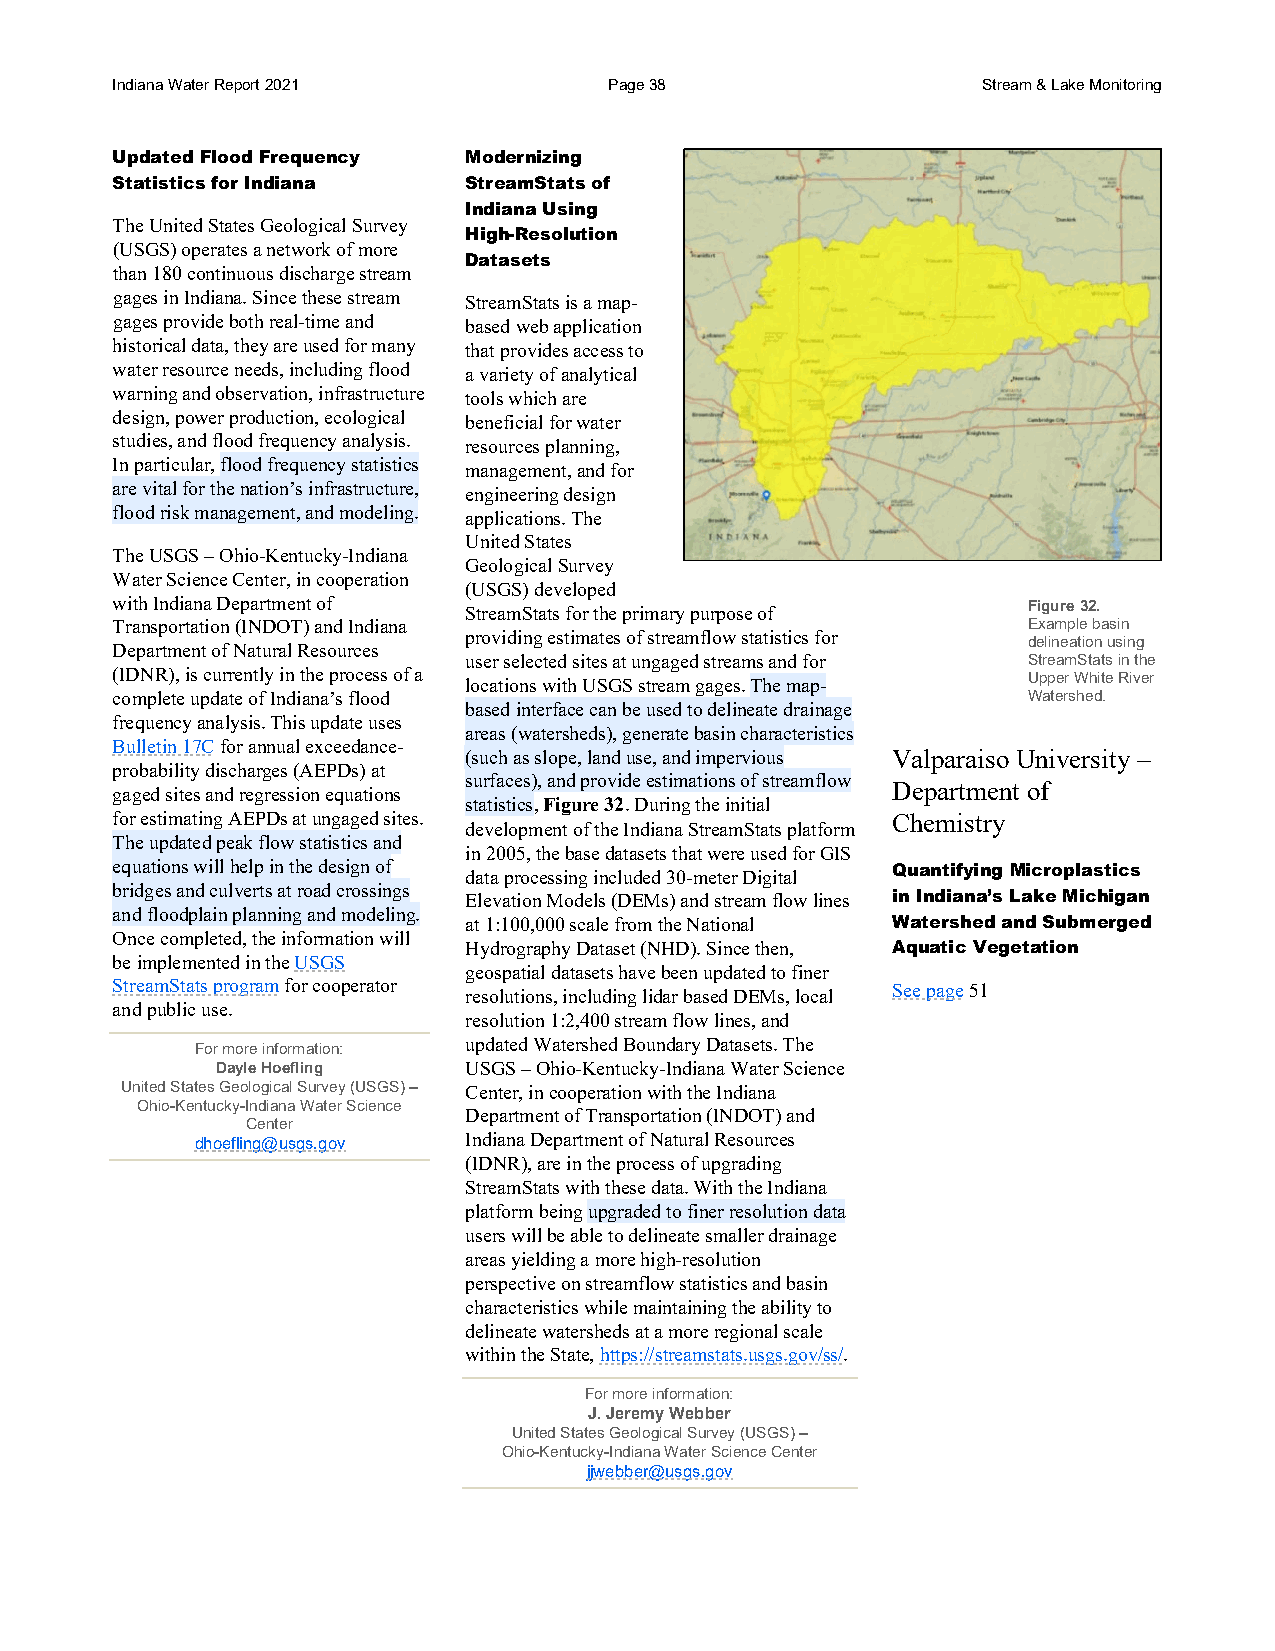
Indiana Water Report 2021        Page 38                  Stream & Lake Monitoring
 Updated Flood Frequency Modernizing
 Statistics for Indiana  StreamStats of
 Indiana Using
 The United States Geological Survey
 High-Resolution
 (USGS) operates a network of more
 Datasets
 than 180 continuous discharge stream
 gages in Indiana. Since these stream StreamStats is a map-
 gages provide both real-time and based web application
 historical data, they are used for many that provides access to
 water resource needs, including flood a variety of analytical
 warning and observation, infrastructure tools which are
 design, power production, ecological beneficial for water
 studies, and flood frequency analysis. resources planning,
 In particular, flood frequency statistics management, and for
 are vital for the nation’s infrastructure, engineering design
 flood risk management, and modeling. applications. The
 United States
 The USGS – Ohio-Kentucky-Indiana
 Geological Survey
 Water Science Center, in cooperation
 (USGS) developed
 with Indiana Department of StreamStats for the primary purpose of Figure 32.
 Transportation (INDOT) and Indiana                           Example basin
 providing estimates of streamflow statistics for
 delineation using
 Department of Natural Resources
 user selected sites at ungaged streams and for StreamStats in the
 (IDNR), is currently in the process of a locations with USGS stream gages. The map- Upper White River
 complete update of Indiana’s flood                           Watershed.
 based interface can be used to delineate drainage
 frequency analysis. This update uses
 areas (watersheds), generate basin characteristics
 Bulletin 17C for annual exceedance-
 (such as slope, land use, and impervious Valparaiso University –
 probability discharges (AEPDs) at
 surfaces), and provide estimations of streamflow
 gaged sites and regression equations                Department of
 statistics, Figure 32. During the initial
 for estimating AEPDs at ungaged sites.              Chemistry
 development of the Indiana StreamStats platform
 The updated peak flow statistics and
 in 2005, the base datasets that were used for GIS
 equations will help in the design of data processing included 30-meter Digital Quantifying Microplastics
 bridges and culverts at road crossings
 Elevation Models (DEMs) and stream flow lines in Indiana’s Lake Michigan
 and floodplain planning and modeling.
 at 1:100,000 scale from the National Watershed and Submerged
 Once completed, the information will
 Hydrography Dataset (NHD). Since then, Aquatic Vegetation
 be implemented in the USGS
 geospatial datasets have been updated to finer
 StreamStats program for cooperator resolutions, including lidar based DEMs, local See page 51
 and public use.
 resolution 1:2,400 stream flow lines, and
 updated Watershed Boundary Datasets. The
 For more information:
 Dayle Hoefling   USGS – Ohio-Kentucky-Indiana Water Science
 United States Geological Survey (USGS) – Center, in cooperation with the Indiana
 Ohio-Kentucky-Indiana Water Science
 Department of Transportation (INDOT) and
 Center
 dhoefling@usgs.gov Indiana Department of Natural Resources
 (IDNR), are in the process of upgrading
 StreamStats with these data. With the Indiana
 platform being upgraded to finer resolution data
 users will be able to delineate smaller drainage
 areas yielding a more high-resolution
 perspective on streamflow statistics and basin
 characteristics while maintaining the ability to
 delineate watersheds at a more regional scale
 within the State, https://streamstats.usgs.gov/ss/.
 For more information:
 J. Jeremy Webber
 United States Geological Survey (USGS) –
 Ohio-Kentucky-Indiana Water Science Center
 jjwebber@usgs.gov